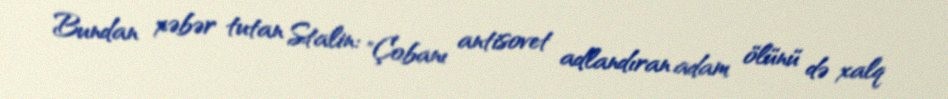
Bundan xəbər tutan Stalin: "Çobanı antisovet adlandıran adam ölünü də xalq